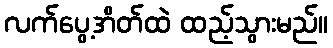
လက်ပွေ့အိတ်ထဲ ထည့်သွားမည်။